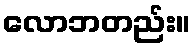
လောဘတည်း။